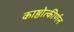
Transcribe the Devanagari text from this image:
काष्ठोत्कीर्णन